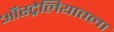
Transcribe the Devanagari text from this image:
ऑस्ट्रेलियातला